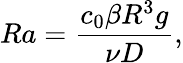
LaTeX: Ra=\frac{c_{0}\beta R^{3}g}{\nu D}\mathrm{,}